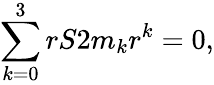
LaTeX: \sum_{k=0}^{3}rS2m_{k}r^{k}=0,